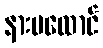
နားမထောင်